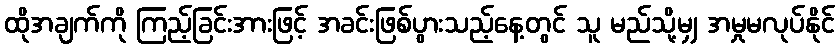
ထိုအချက်ကို ကြည့်ခြင်းအားဖြင့် အခင်းဖြစ်ပွားသည့်နေ့တွင် သူ မည်သို့မျှ အမှုမလုပ်နိုင်